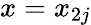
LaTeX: x=x_{2j}